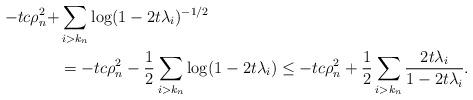
LaTeX: \begin{align*} -tc\rho_n^2 + &\sum_{i>k_n}\log (1-2t\lambda_i)^{-1/2}\\ &= -tc\rho_n^2 - \frac{1}{2} \sum_{i>k_n}\log (1-2t\lambda_i) \leq -tc\rho_n^2 + \frac{1}{2} \sum_{i>k_n}\frac{2t\lambda_i}{1-2t\lambda_i}.\end{align*}